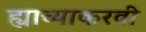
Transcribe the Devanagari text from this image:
ह्याच्याकरवी